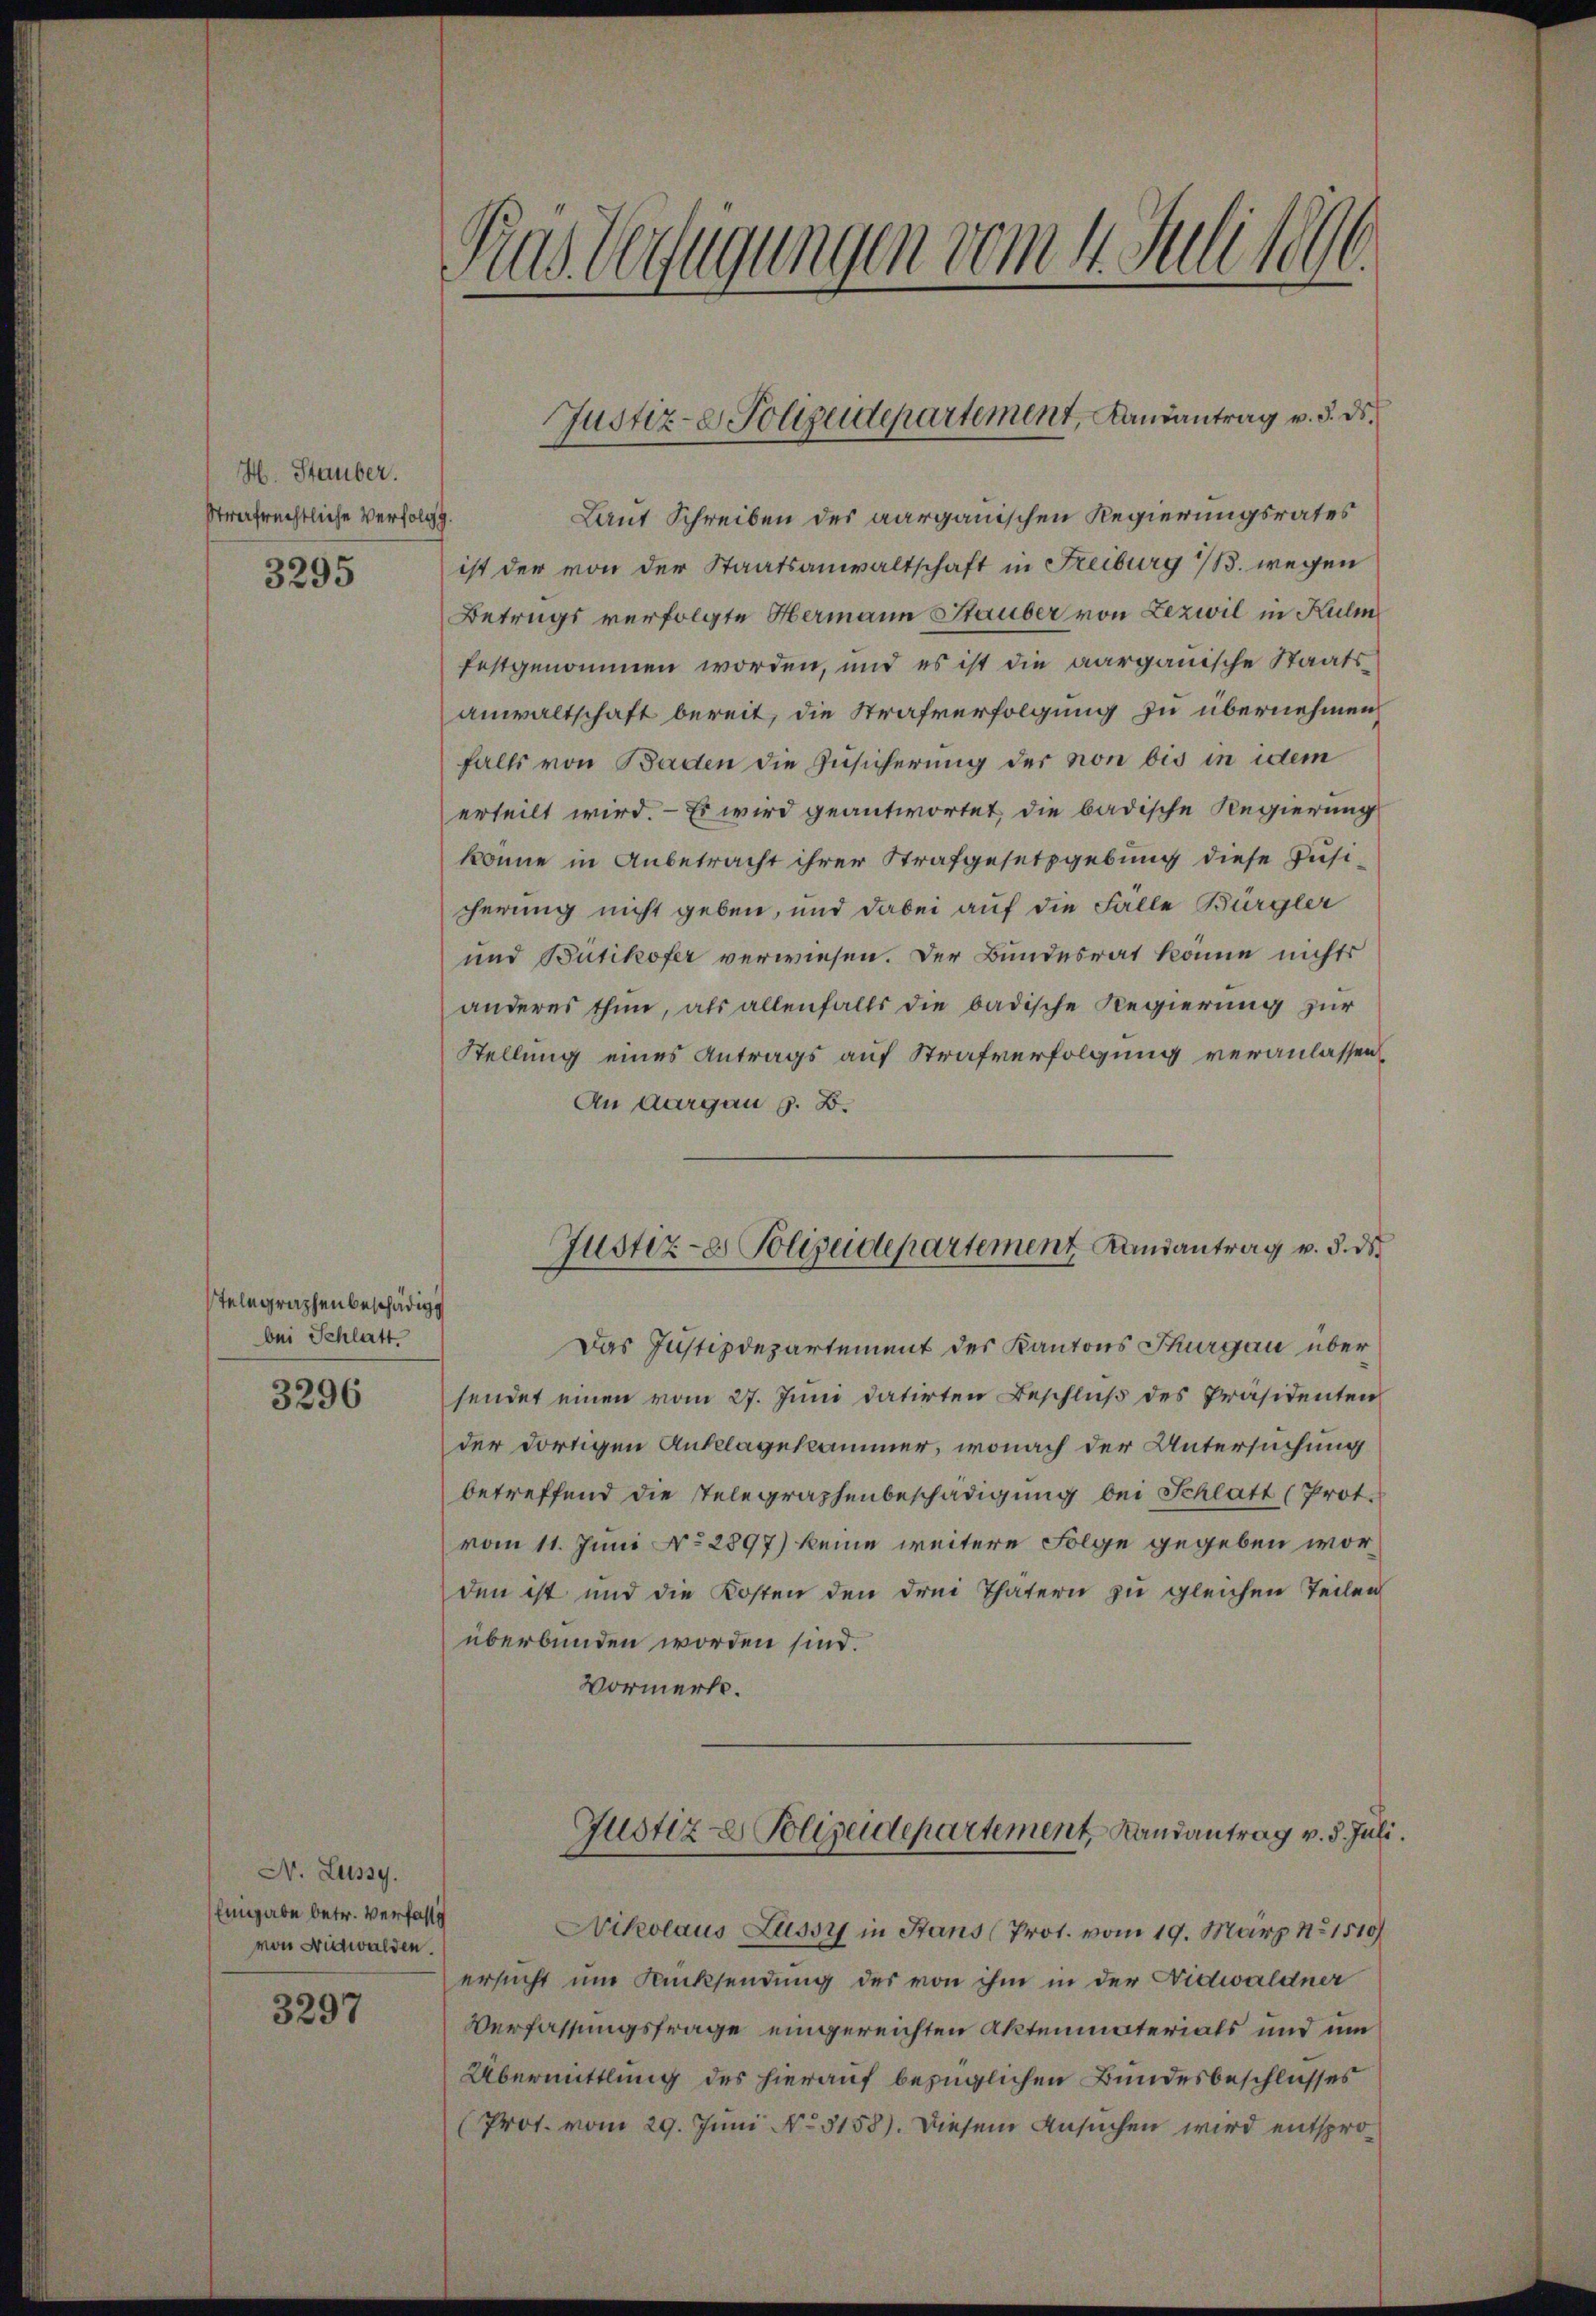
H. Stauber.
strafrechtliche Verfolgg.

3295

telegraphenbeschädig
bei Schlatt.

3296

N. Lussy.
Eingabe betr. Verfass
von Nidwalden.

3297

1
das Verfügungen vom 4. Juliten.

Laut Schreiben des aargauischen Regierungsrates
ist der von der Staatsanwaltschaft in Freiburg B. wegen
Betrugs verfolgte Hermann Stauber von Lezwil in Kulm
festgenommen worden, und es ist die aargauische Staatsanwaltschaft bereit, die Strafverfolgung zu übernehmen
falls von Baden die Zusicherung der non bis in idem
erteilt wird. - Es wird geantwortet, die badische Regierung
könne in Anbetracht ihrer Strafgesetzgebung diese Jusicherung nicht geben, und dabei auf die Falle Bürgler
und Bütikofer verwiesen. Der Bundesrat könne nichts
anderes thun, als allenfalls die badische Regierung zur
Stellung eines Antrags auf Strafverfolgung veranlassen,
An Aargau z. B.

Justiz- & Polizeidepartement, Kausantrag v. 3. ds.

Justiz-e Polizeidepartement Landantrag v. 3. ds

Das Justizdepartement des Kantons Thurgau über
sendet einen vom 27. Juni datirten Beschluß des Präsidenten
der dortigen Anklagekammer, wonach der Untersuchung
betreffend die stelegraphenbeschädigung bei Schlatt (Prot.
vom 11. Juni No 2897) keine weitere Folge gegeben worden ist und die Kosten den drei Thatern zu gleichen Teilen
überbunden worden sind.
Vormerk.
Justiz- & Polizeidepartement, Randantrag v. 5. Juli.
Nikolaus Zussy in Stans (Prot. vom 19. März 1510/
ersucht um Rücksendung des von ihm in der Nidwaldner
Verfassungsfrage eingereichten Aktenmaterials und um
Übermittlung des hierauf bezüglichen Bundesbeschlusses
Prot. vom 29. Juni No 3158). Diesem Ansuchen wird entspro¬